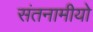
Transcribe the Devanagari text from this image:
संतनामीयो